Leaving Certificate Examination (including Day School Certificate (Higher) General paper), 1931
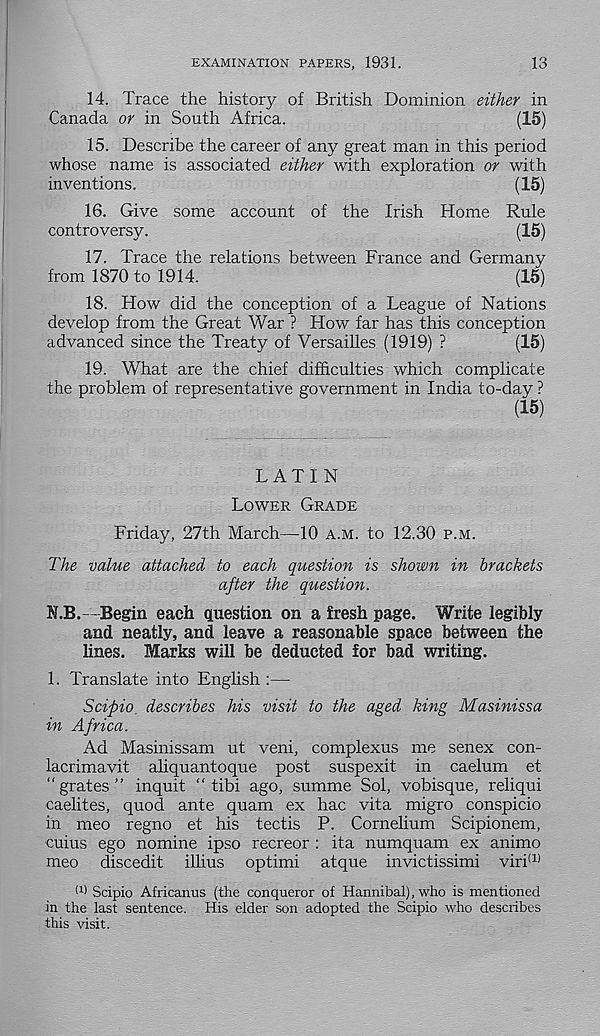
EXAMINATION PAPERS, 1931.
13
14. Trace the history of British Dominion either in
Canada or in South Africa.
(15)
15. Describe the career of any great man in this period
whose name is associated either with exploration or with
inventions.
(15)
16. Give some account of the Irish Home Rule
controversy.
(15)
17. Trace the relations between France and Germany
from 1870 to 1914.
(15)
18. How did the conception of a League of Nations
develop from the Great War ? How far has this conception
advanced since the Treaty of Versailles (1919) ?
(15)
19. What are the chief difficulties which complicate
the problem of representative government in India to-day ?
(15)
LATIN
LOWER GRADE
Friday, 27th March—10 A.M. to 12.30 P.M.
The value attached to each question is shown in brackets
after the question.
N.B.—Begin each question on a fresh page. Write legibly
and neatly, and leave a reasonable space between the
lines. Marks will be deducted for bad writing.
1. Translate into English :—
Scipio describes his visit to the aged king Masinissa
in Africa.
Ad Masinissam ut veni, complexus me senex con-
lacrimavit aliquantoque post suspexit in caelum et
“grates” inquit “ tibi ago, summe Sol, vobisque, reliqui
caelites, quod ante quam ex hac vita migro conspicio
in meo regno et his tectis P. Cornelium Scipionem,
cuius ego nomine ipso recreor : ita numquam ex animo
meo discedit illius optimi atque invictissimi viri (1)
(1) Scipio Africanus (the conqueror of Hannibal), who is mentioned
in the last sentence. His elder son adopted the Scipio who describes
this visit.